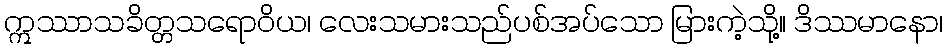
ဣဿာသခိတ္တသရောဝိယ၊ လေးသမားသည်ပစ်အပ်သော မြားကဲ့သို့။ ဒိဿမာနော၊